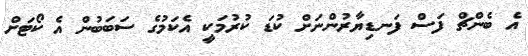
އެ ބެންޗް ފަސް ފަނޑިޔާރުންނަށް ކުޑަ ކުރުމަކީ އެކަމުގެ ސަބަބުން އެ ކޯޓަށް